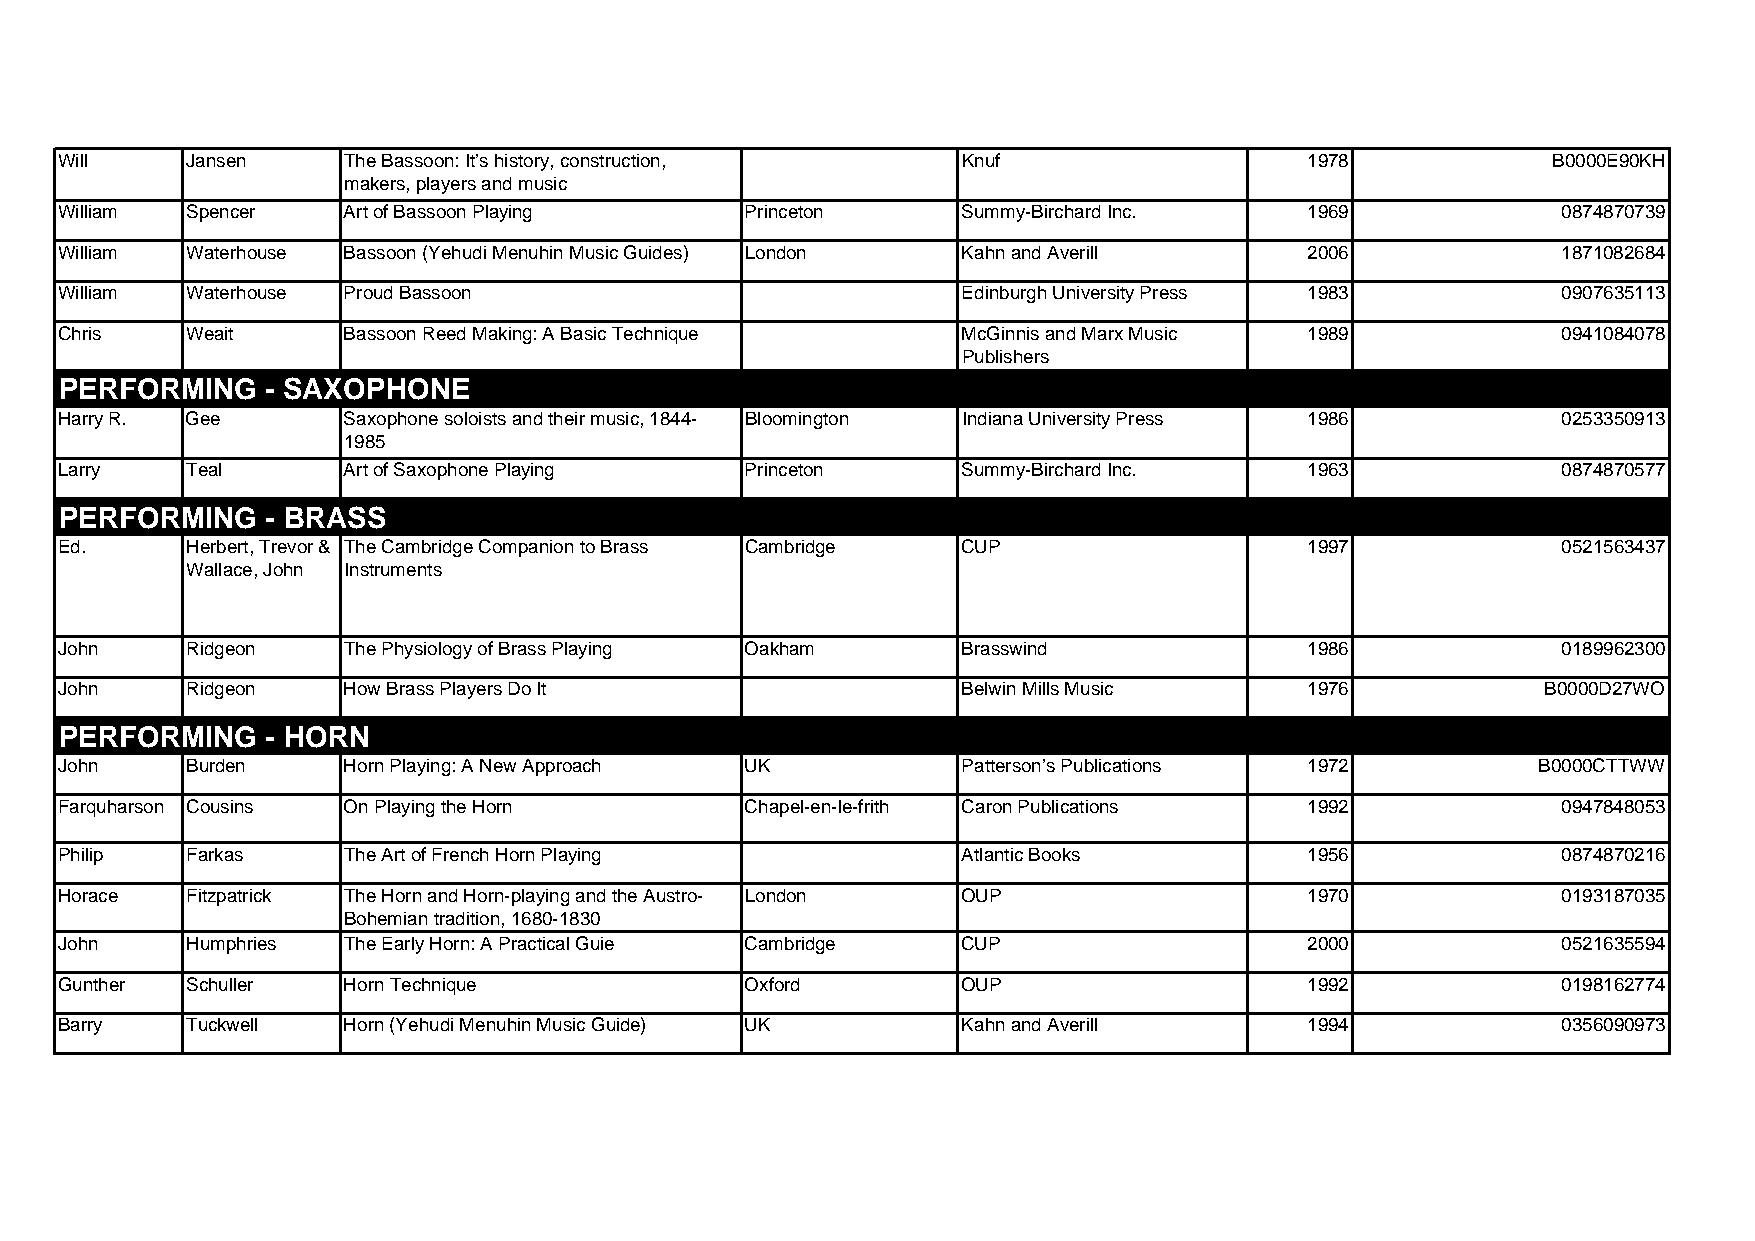
Will    Jansen     The Bassoon: It’s history, construction, Knuf                   1978            B0000E90KH
 makers, players and music
 William Spencer    Art of Bassoon Playing    Princeton      Summy-Birchard Inc.    1969            0874870739
 William Waterhouse Bassoon (Yehudi Menuhin Music Guides) London Kahn and Averill   2006            1871082684
 William Waterhouse Proud Bassoon                            Edinburgh University Press 1983        0907635113
 Chris   Weait      Bassoon Reed Making: A Basic Technique   McGinnis and Marx Music 1989           0941084078
 Publishers
 PERFORMING    - SAXOPHONE
 Harry R. Gee       Saxophone soloists and their music, 1844- Bloomington Indiana University Press 1986 0253350913
 1985
 Larry   Teal       Art of Saxophone Playing  Princeton      Summy-Birchard Inc.    1963            0874870577
 PERFORMING    - BRASS
 Ed.     Herbert, Trevor & The Cambridge Companion to Brass Cambridge CUP           1997            0521563437
 Wallace, John Instruments
 John    Ridgeon    The Physiology of Brass Playing Oakham   Brasswind              1986            0189962300
 John    Ridgeon    How Brass Players Do It                  Belwin Mills Music     1976           B0000D27WO
 PERFORMING    - HORN
 John    Burden     Horn Playing: A New Approach UK          Patterson’s Publications 1972         B0000CTTWW
 Farquharson Cousins On Playing the Horn      Chapel-en-le-frith Caron Publications 1992            0947848053
 Philip  Farkas     The Art of French Horn Playing           Atlantic Books         1956            0874870216
 Horace  Fitzpatrick The Horn and Horn-playing and the Austro- London OUP           1970            0193187035
 Bohemian tradition, 1680-1830
 John    Humphries  The Early Horn: A Practical Guie Cambridge CUP                  2000            0521635594
 Gunther Schuller   Horn Technique            Oxford         OUP                    1992            0198162774
 Barry   Tuckwell   Horn (Yehudi Menuhin Music Guide) UK     Kahn and Averill       1994            0356090973